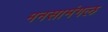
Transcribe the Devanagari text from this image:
मनसामंगल